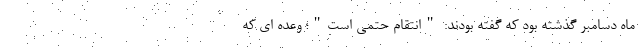
ماه دسامبر گذشته بود که گفته بودند: "انتقام حتمی است"؛ وعده ای که